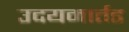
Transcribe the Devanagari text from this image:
उदयमार्तड